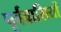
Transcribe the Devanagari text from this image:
पूर्ववासियों